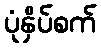
ပုံနှိပ်စက်